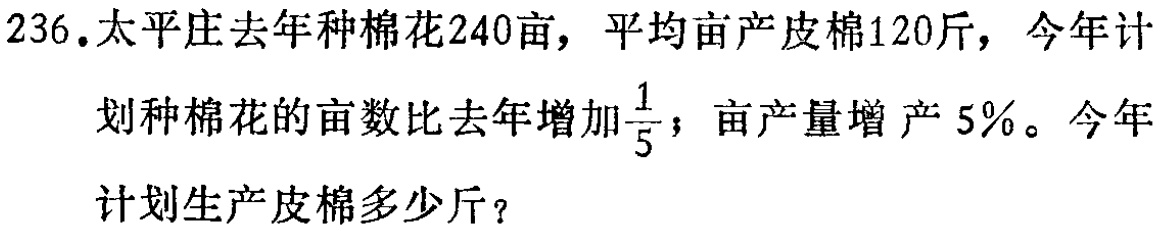
236.太平庄去年种棉花240亩，平均亩产皮棉120斤，今年计

划种棉花的亩数比去年增加$\frac{1}{5}$；亩产量增产$5\%$。今年

计划生产皮棉多少斤？